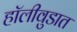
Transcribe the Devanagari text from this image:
हॉलीवुडात